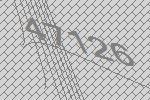
47126